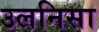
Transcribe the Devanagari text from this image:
उलनिसा